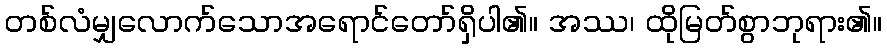
တစ်လံမျှလောက်သောအရောင်တော်ရှိပါ၏။ အဿ၊ ထိုမြတ်စွာဘုရား၏။